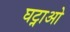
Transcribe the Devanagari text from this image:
घट्नाओ